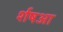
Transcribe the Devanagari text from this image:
र्शषआ